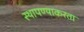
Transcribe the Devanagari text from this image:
स्थापण्याकरता